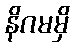
နိဂမမှိ